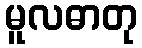
မူလဓာတု